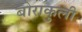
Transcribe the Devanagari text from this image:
बोराकुली